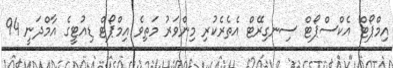
އިމްޕޯޓް އެކްސްޕޯޓް ސިނގިރޭޓް އެތެރެކުރި މިންވަރު މަތިވެ އިމްޕޯޓް ޑިއުޓީގެ އާމްދަނީ 94